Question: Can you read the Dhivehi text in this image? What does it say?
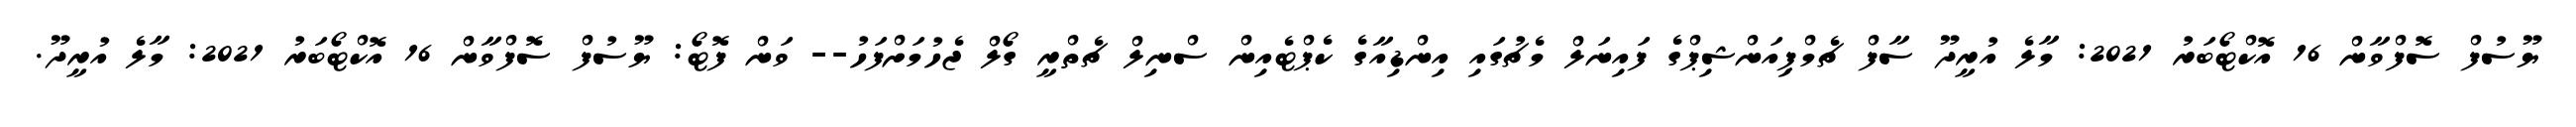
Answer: ޔޫސުފް ސޮފްވާން 16 އޮކްޓޯބަރު 2021: މާލެ އުރީދޫ ސާފް ޗެމްޕިއަންޝިޕްގެ ފައިނަލް މެޗުގައި އިންޑިއާގެ ކެޕްޓެއިން ސްނިލް ޗެތްރީ ގޯލް ޖެހުމަށްފަހު-- ވަން ފޮޓޯ: ޔޫސުފް ސޮފްވާން 16 އޮކްޓޯބަރު 2021: މާލެ އުރީދޫ.